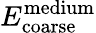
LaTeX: E_{\mathrm{coarse}}^{\mathrm{medium}}